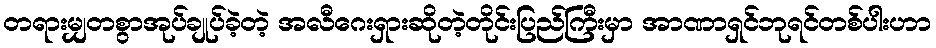
တရားမျှတစွာအုပ်ချုပ်ခဲ့တဲ့ အလီဂေးရှားဆိုတဲ့တိုင်းပြည်ကြီးမှာ အာဏာရှင်ဘုရင်တစ်ပါးဟာ